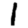
Digit: 1